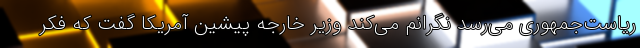
ریاست‌جمهوری می‌رسد نگرانم می‌کند وزیر خارجه پیشین آمریکا گفت که فکر